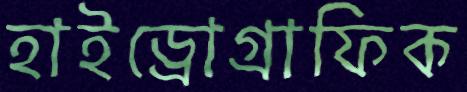
হাইড্রোগ্রাফিক